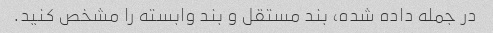
در جمله داده شده، بند مستقل و بند وابسته را مشخص کنید.